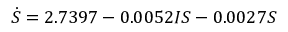
\dot { S } = 2 . 7 3 9 7 - 0 . 0 0 5 2 I S - 0 . 0 0 2 7 S